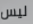
ليس